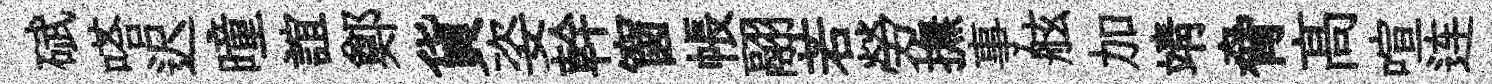
碔嗒迟曈誼鄭貨姿幹窗帳翮若勞撫事舷加靖脅髙喧连